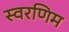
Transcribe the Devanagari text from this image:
स्वरणिम